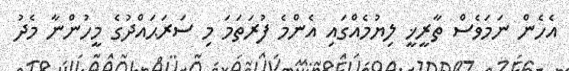
އެހެން ނަމަވެސް ތާރީޚީ ލިޔުމެއްގައި އެންމެ ފުރަތަމަ މި ސަރަޙައްދުގެ މީހުންނާ މެދު